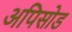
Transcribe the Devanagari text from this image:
अपिसोड